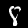
Label: 8